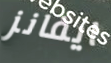
ايفانز